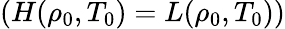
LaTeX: (H(\rho_{0},T_{0})=L(\rho_{0},T_{0}))